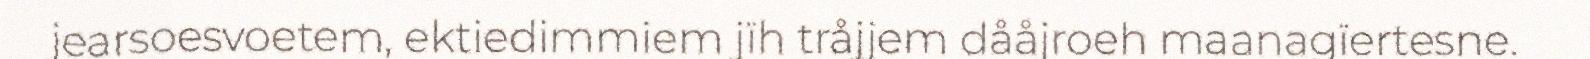
jearsoesvoetem, ektiedimmiem jïh tråjjem dååjroeh maanagïertesne.